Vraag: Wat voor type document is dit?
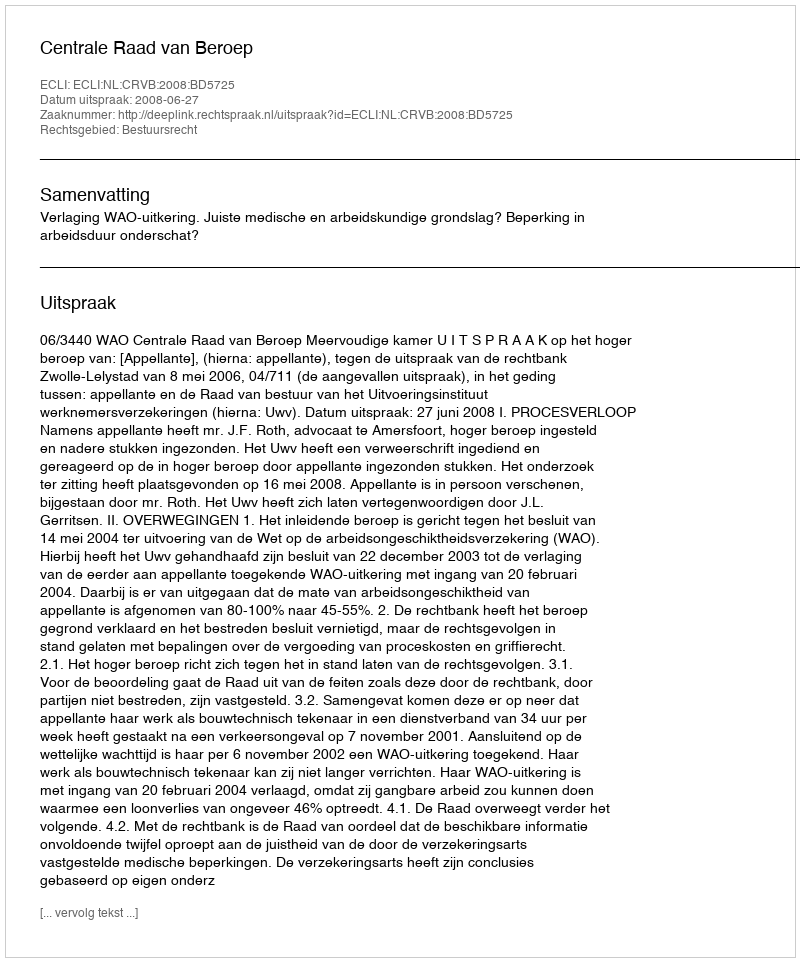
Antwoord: Uitspraak